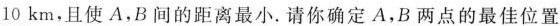
10km，且使A，B间的距离最小. 请你确定A，B两点的最佳位置